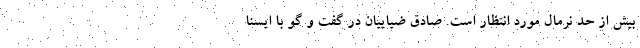
بیش از حد نرمال مورد انتظار است. صادق ضیاییان در گفت و گو با ایسنا